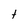
Character: t